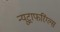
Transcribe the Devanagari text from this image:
न्यूट्राफरिंग्ल्स